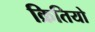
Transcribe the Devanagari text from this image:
क्रितियो